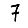
Digit: 7